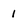
Character: 1